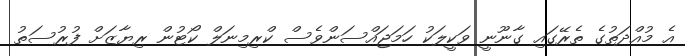
އެ މުއްދަތުގެ ތެރޭގައި ގާނޫނީ ވަކީލަކު ހަމަޖައްސަންވެސް ކްރިމިނަލް ކޯޓުން ރިޔާޒަށް ފުރުސަތު